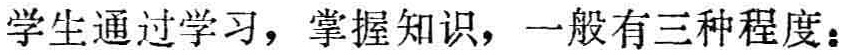
学生通过学习，掌握知识，一般有三种程度：